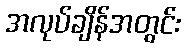
အလုပ်ချိန်အတွင်း